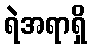
ရဲအရာရှိ